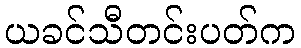
ယခင်သီတင်းပတ်က